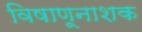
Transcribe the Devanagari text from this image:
विषाणूनाशक